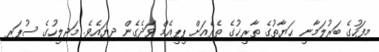
މިފަހުގެ ބަރުލަމާނީ ޙަޔާތުގެ ތާރީޚުގެ ތެރެއަށް ޕީޕީއެމް ވަދެގެން ދިޔައެވެ. މަޖިލީހުގެ ސުޕަރ